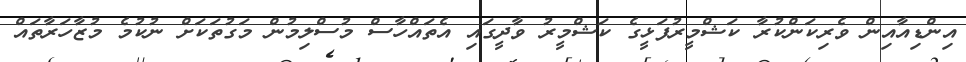
އިންޑިއާއިން ވެރިކަންކުރާ ކަޝްމީރުފަޅީގެ ކަޝްމީރު ވާދީގައި އެތައްހާސް މުސްލިމުން މަގުތަކަށް ނުކުމެ މުޒާހަރާތައް